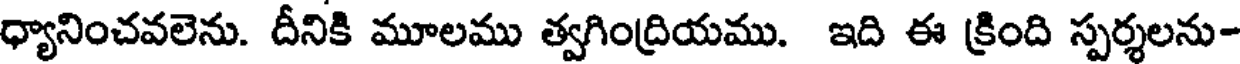
ధ్యానించవలెను. దీనికి మూలము త్వగింద్రియము. ఇది ఈ క్రింది స్పర్శలను-